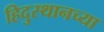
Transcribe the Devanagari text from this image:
हिदुस्थानच्या